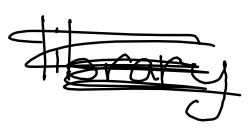
Text: library
Cross-out: scratch
Writing tool: digital_black